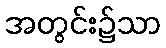
အတွင်း၌သာ